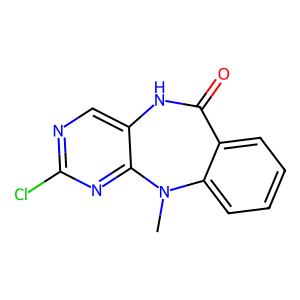
SMILES: CN1c2ccccc2C(=O)Nc2cnc(Cl)nc21
Inhibits HIV replication: No